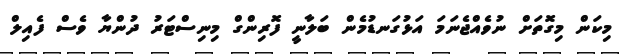
މިކަން މިގޮތަށް ނުވެއްޖެނަމަ އަޅުގަނޑުމެން ބަލާނީ ފޮރިންގް މިނިސްޓަރު ދުންޔާ ވެސް ފެއިލް